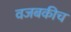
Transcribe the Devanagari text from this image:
वजबकीच